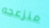
منزعجه